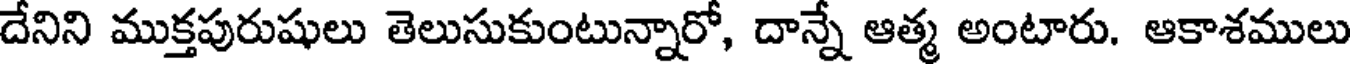
దేనిని ముక్తపురుషులు తెలుసుకుంటున్నారో, దాన్నే ఆత్మ అంటారు. ఆకాశములు